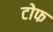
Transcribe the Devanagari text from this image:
टोफ